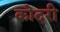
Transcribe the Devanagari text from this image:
कोदरी